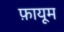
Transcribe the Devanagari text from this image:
फ़ायूम